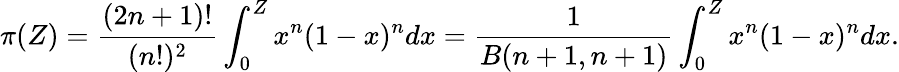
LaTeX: \pi(Z)=\frac{(2n+1)!}{(n!)^{2}}\int_{0}^{Z}x^{n}(1-x)^{n}dx=\frac{1}{B(n+1,n+1)}\int_{0}^{Z}x^{n}(1-x)^{n}dx.